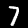
Digit: 7